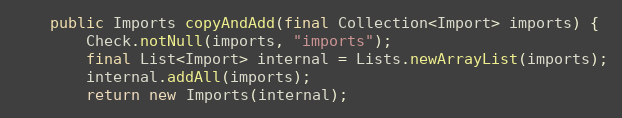
Language: Java
	public Imports copyAndAdd(final Collection<Import> imports) {
		Check.notNull(imports, "imports");
		final List<Import> internal = Lists.newArrayList(imports);
		internal.addAll(imports);
		return new Imports(internal);